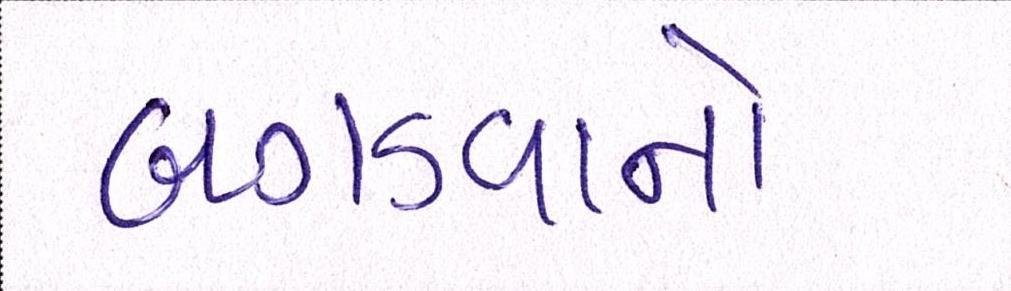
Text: બગડવાનો